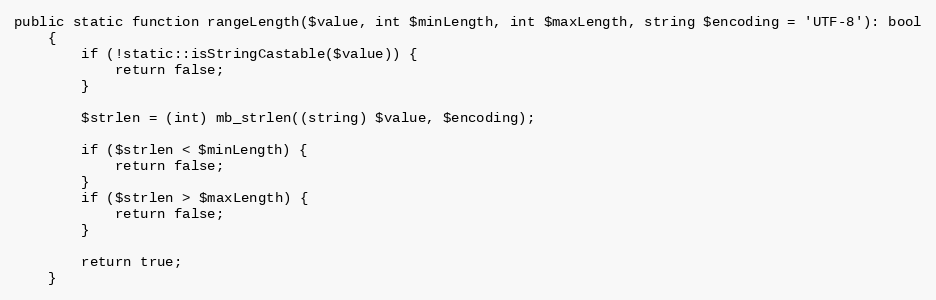
Language: PHP
public static function rangeLength($value, int $minLength, int $maxLength, string $encoding = 'UTF-8'): bool
    {
        if (!static::isStringCastable($value)) {
            return false;
        }

        $strlen = (int) mb_strlen((string) $value, $encoding);

        if ($strlen < $minLength) {
            return false;
        }
        if ($strlen > $maxLength) {
            return false;
        }

        return true;
    }